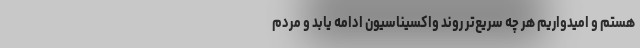
هستم و امیدواریم هر چه سریع‌تر روند واکسیناسیون ادامه یابد و مردم